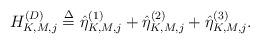
LaTeX: \begin{align*} H_{K,M,j}^{\left( D \right)} \buildrel \Delta \over = \hat \eta _{K,M,j}^{(1)} + \hat \eta _{K,M,j}^{(2)} + \hat \eta _{K,M,j}^{(3)}.\end{align*}